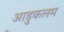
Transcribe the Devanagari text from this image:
आड़ुकलम